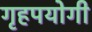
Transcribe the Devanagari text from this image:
गृहपयोगी